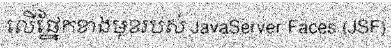
លើផ្នែកខាងមុខរបស់ JavaServer Faces (JSF)